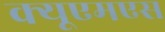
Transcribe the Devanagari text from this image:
क्यूएमएस